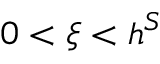
0 < \xi < h ^ { S }